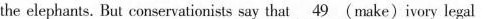
the elephants. But conservationists say that \underline{49}(make)ivory legal